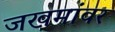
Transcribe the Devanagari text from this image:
जखमांवर